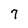
Character: 7